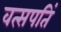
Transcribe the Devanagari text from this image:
वत्सपतिं